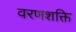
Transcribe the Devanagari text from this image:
वरणशक्ति